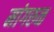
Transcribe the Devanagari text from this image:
मांगरुळ